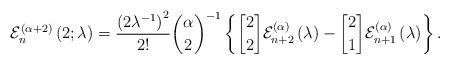
\begin{align*}\mathcal{E}_{n}^{\left( \alpha+2\right) }\left( 2;\lambda\right)=\frac{\left( 2\lambda^{-1}\right) ^{2}}{2!}\binom{\alpha}{2}^{-1}\left\{\genfrac{[}{]}{0pt}{}{2}{2}\mathcal{E}_{n+2}^{\left( \alpha\right) }\left( \lambda\right) -\genfrac{[}{]}{0pt}{}{2}{1}\mathcal{E}_{n+1}^{\left( \alpha\right) }\left( \lambda\right) \right\} .\end{align*}